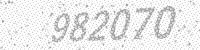
Solution: 982070